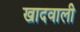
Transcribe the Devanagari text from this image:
खादवाली